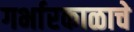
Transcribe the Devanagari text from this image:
गर्भारकाळाचे